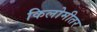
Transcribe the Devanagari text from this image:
किलोमीतर